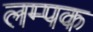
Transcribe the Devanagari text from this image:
लम्पक